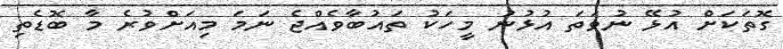
ގޮތަކަށް އުޅޭ ނުވަތަ އުޅުނު މީހަކު ތައުބާވެއްޖެ ނަމަ މިއަށްވުރެ މާ ބޮޑެތި